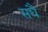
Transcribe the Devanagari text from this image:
सधै